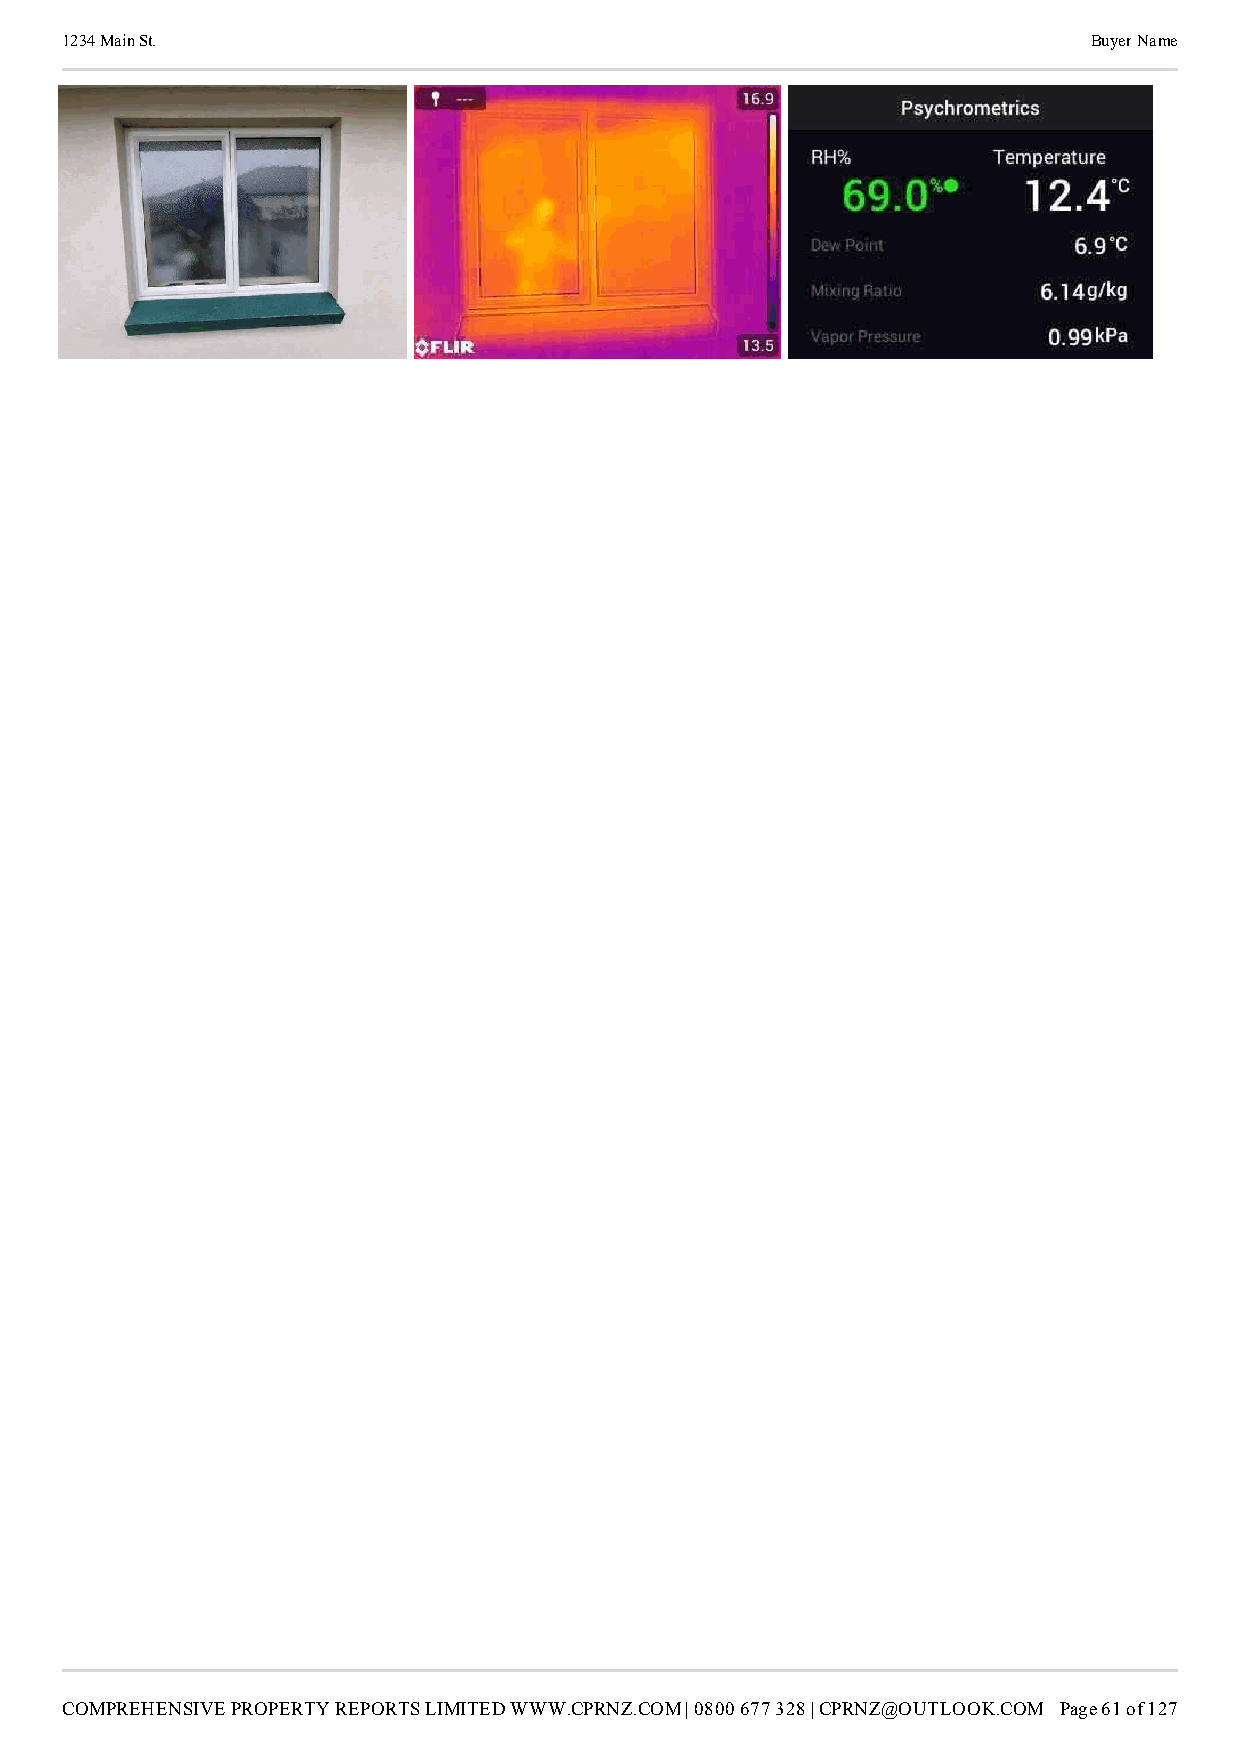
1234 Main St.                                                       Buyer Name
 COMPREHENSIVE PROPERTY REPORTS LIMITED WWW.CPRNZ.COM | 0800 677 328 | CPRNZ@OUTLOOK.COM Page 61 of 127